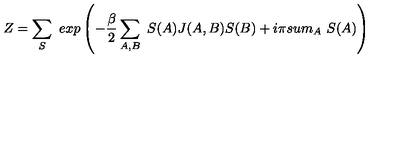
Z = \sum _ { S } \ e x p \left( - { \frac { \beta } { 2 } } \sum _ { A , B } \ S ( A ) J ( A , B ) S ( B ) + i \pi s u m _ { A } \ S ( A ) \right)